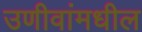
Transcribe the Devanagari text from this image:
उणीवांमधील